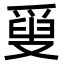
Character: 𤔣